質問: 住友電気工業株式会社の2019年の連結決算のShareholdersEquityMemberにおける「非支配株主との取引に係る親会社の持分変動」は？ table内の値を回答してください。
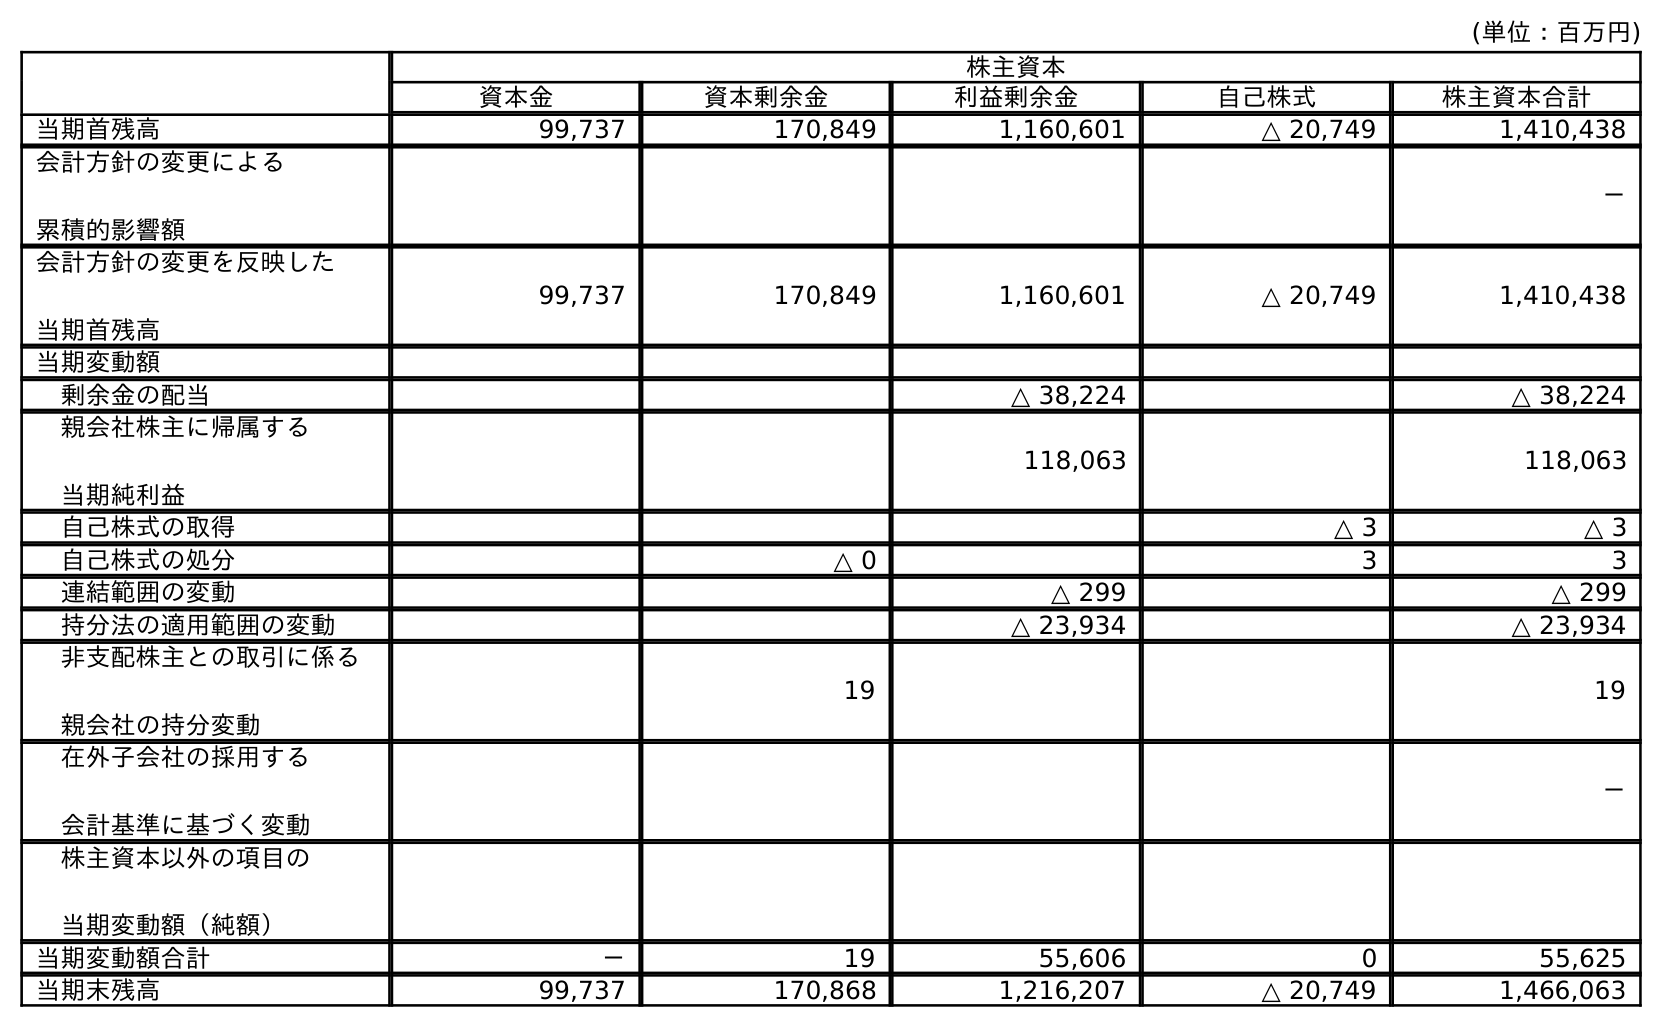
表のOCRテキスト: (単位：百万円) 株主資本 資本金 資本剰余金 利益剰余金 自己株式 株主資本合計 当期首残高 99,737 170,849 1,160,601 △ 20,749 1,410,438 会計方針の変更による 累積的影響額 － 会計方針の変更を反映した 当期首残高 99,737 170,849 1,160,601 △ 20,749 1,410,438 当期変動額 剰余金の配当 △ 38,224 △ 38,224 親会社株主に帰属する 当期純利益 118,063 118,063 自己株式の取得 △ 3 △ 3 自己株式の処分 △ 0 3 3 連結範囲の変動 △ 299 △ 299 持分法の適用範囲の変動 △ 23,934 △ 23,934 非支配株主との取引に係る 親会社の持分変動 19 19 在外子会社の採用する 会計基準に基づく変動 － 株主資本以外の項目の 当期変動額（純額） 当期変動額合計 － 19 55,606 0 55,625 当期末残高 99,737 170,868 1,216,207 △ 20,749 1,466,063
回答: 19